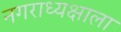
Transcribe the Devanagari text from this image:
नगराध्यक्षाला